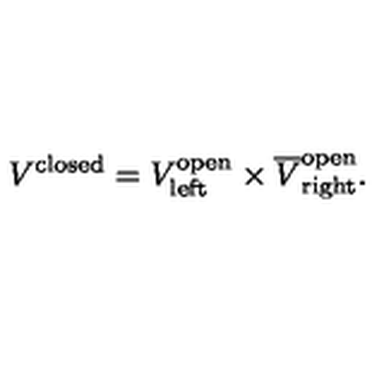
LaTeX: V ^ { \mathrm { c l o s e d } } = V _ { \mathrm { l e f t } } ^ { \mathrm { o p e n } } \times \overline { { V } } _ { \mathrm { r i g h t } } ^ { \mathrm { o p e n } } .